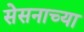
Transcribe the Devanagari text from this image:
सेसनाच्या